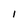
Character: l